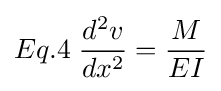
Eq.4\;{\frac {d^{2}v}{dx^{2}}}={\frac {M}{EI}}